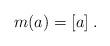
LaTeX: \begin{align*}m(a)=[a]\;.\end{align*}